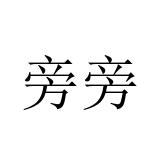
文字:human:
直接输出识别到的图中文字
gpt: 旁旁